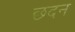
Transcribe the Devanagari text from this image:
छदन